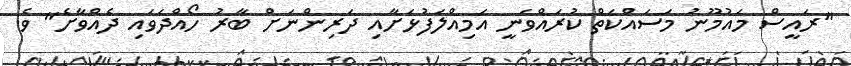
"ރައީސް މައުމޫނު މަސައްކަތް ކުރައްވަނީ އަމިއްލަފުޅަށާއި ދަރިންނަށް ބާރު ހޯއްދަވައި ދެއްވާށެ" ވެ.